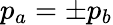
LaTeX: p_{a}=\pm p_{b}